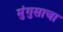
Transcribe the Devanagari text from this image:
मुंगुसाचा